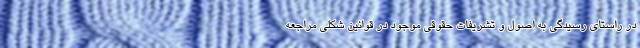
در راستای رسیدگی به اصول و تشریفات حقوقی موجود در قوانین شکلی مراجعه